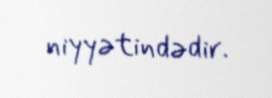
niyyətindədir.